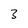
Character: 3